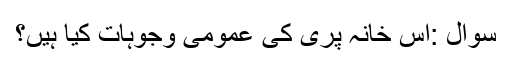
سوال :اس خانہ پری کی عمومی وجوہات کیا ہیں؟